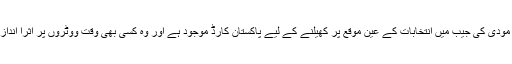
نریندر مودی کو کشیدگی کو ہوا دے کر کچھ نہ کچھ فائدہ تو ہوا ہے مگر مودی کی جیب میں انتخابات کے عین موقع پر کھیلنے کے لیے پاکستان کارڈ موجود ہے اور وہ کسی بھی وقت ووٹروں پر اثرا انداز ہونے کے لیے انتخابات سے کچھ ہی دیر پہلے یہ کارڈ کھیل سکتے ہیں۔